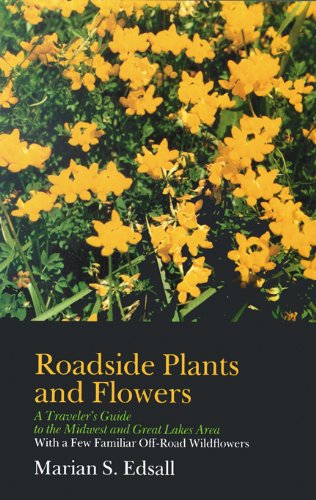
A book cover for Roadside Plants and Flowers: A Traveler's Guide to the Midwest and Great Lakes Area (North Coast Books); Marian S. Edsall; Travel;